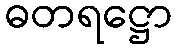
ဓတရဋ္ဌော